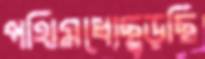
পথিমধ্যেছুড়ছি